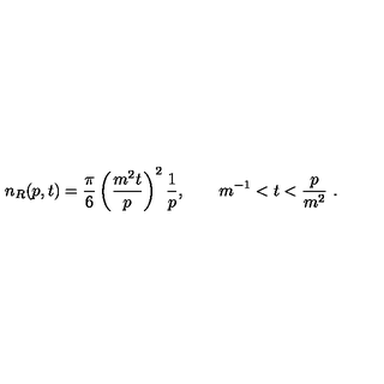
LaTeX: n _ { R } ( p , t ) = \frac \pi 6 \left( \frac { m ^ { 2 } t } p \right) ^ { 2 } \frac 1 p , \qquad m ^ { - 1 } < t < \frac p { m ^ { 2 } } \ .